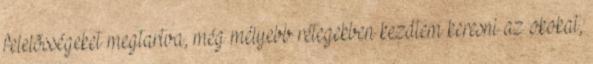
felelõsségeket megtartva, még mélyebb rétegekben kezdtem keresni az okokat,